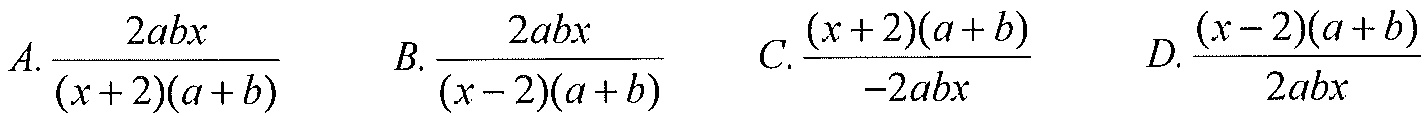
\(A.\frac{2abx}{(x + 2)(a + b)}\)  \(B.\frac{2abx}{(x - 2)(a + b)}\)  \(C.\frac{(x + 2)(a + b)}{-2abx}\)  \(D.\frac{(x - 2)(a + b)}{2abx}\)